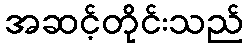
အဆင့်တိုင်းသည်